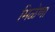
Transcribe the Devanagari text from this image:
मिळेणा